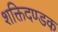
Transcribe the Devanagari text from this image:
शक्तिदण्डक